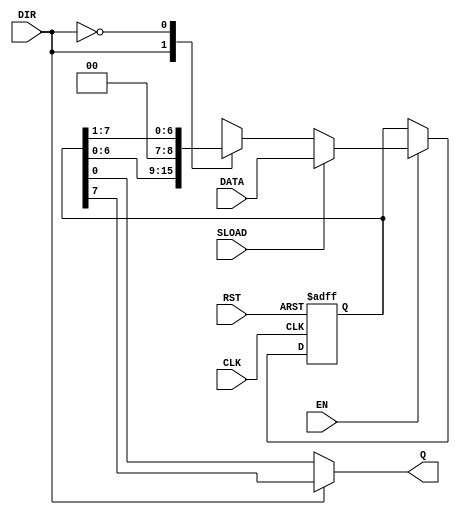
////////////////////////////////////////////////////////////////////////////////
//
// Company:
//
// Design Name:
// Module Name:     shiftreg8_1
// Project Name:
// Target Devices:
// Tool versions:
// Description:     shift reg 8 parralel in - 1 out sync, with async reset.
//
////////////////////////////////////////////////////////////////////////////////

`timescale 1ns / 100ps
`default_nettype none

/*
shift_reg8_1
    shift_reg8_1_inst
    (
        .CLK                    (),                     //  in, u[ 1], Clock freq 100MHz
        .SLOAD                  (),                     //  in, u[ 1], register sync loading
        .EN                     (),                     //  in, u[ 1], enable work 1 -enable
        .DIR                    (),                     //  in, u[ 1], direction setter, 1 - left, 0 - right
        .DATA                   (),                     //  in, u[ 8], input data, parallel
        .RST                    (),                     //  in, u[ 1], reset input, 0 - reset async

        .Q                      (),                     // out, u[ 1], normal polarity
    )
*/

module shiftreg8_1
    (
        input   wire                CLK,                //  in, u[ 1], Clock freq 100MHz
        input   wire                SLOAD,              //  in, u[ 1], register sync loading
        input   wire                EN,                 //  in, u[ 1], enable work 1 -enable
        input   wire                DIR,                //  in, u[ 1], direction setter, 1 - left, 0 - right
        input   wire    [  7 :  0 ] DATA,               //  in, u[ 8], input data, parallel
        input   wire                RST,                //  in, u[ 1], reset input, 0 - reset async

        output  wire                Q                   // out, u[ 1], normal polarity
    );


reg     [  7 :  0 ] r_sh = 8'b0;                        // reg, u[ 8], for shifting


assign Q = DIR ? r_sh[7] : r_sh[0];                     // output selector left or right


parameter LEFT  = 1'b1;
parameter RIGHT = 1'b0;




    always @(posedge CLK or negedge RST)                // cycle start
        if(~RST)                                        // async reset 0 - reset
             r_sh <=0;
        else begin
             if(EN)                                     // enable inicial 1 - enable
                if(SLOAD)
                    r_sh <= DATA;
                else
                    case(DIR)                           // direction select 1 left 0 right
                    LEFT:       r_sh <= {r_sh[  6 :  0 ], 1'b0};
                    RIGHT:      r_sh <= {1'b0, r_sh[  7 :  1 ]};

                    default:    r_sh <= {r_sh[  6 :  0 ], 1'b0};
                endcase
end
endmodule